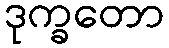
ဒုက္ခတော